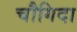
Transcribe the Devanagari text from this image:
चौगिदा